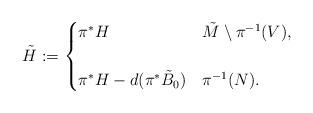
LaTeX: \begin{align*}\Tilde{H}:=\begin{cases}\pi^* H & \Tilde{M}\setminus \pi^{-1} (V), \\ & \\\pi^* H - d (\pi^* \Tilde{B}_0) & \pi^{-1} (N).\end{cases}\end{align*}